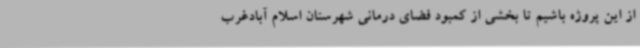
از این پروژه باشیم تا بخشی از کمبود فضای درمانی شهرستان اسلام آبادغرب